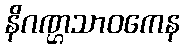
နိဂဏ္ဌသာဝကေန